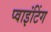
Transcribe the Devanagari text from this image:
प्वाइंटिंग